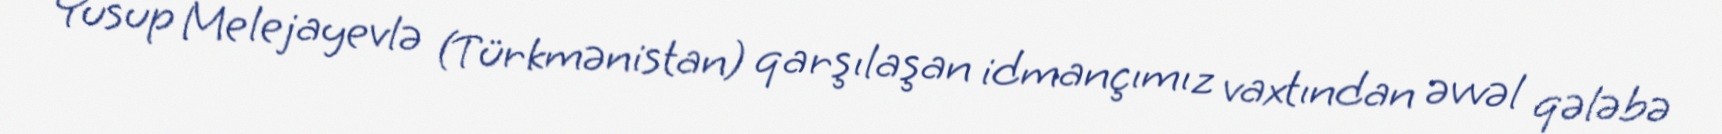
Yusup Melejayevlə (Türkmənistan) qarşılaşan idmançımız vaxtından əvvəl qələbə